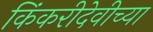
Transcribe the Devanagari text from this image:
किंकरीदेवीच्या